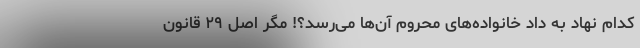
کدام نهاد به داد خانواده‌های محروم آن‌ها می‌رسد؟! مگر اصل ۲۹ قانون